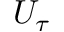
U _ { \tau }